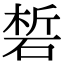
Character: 𥓊